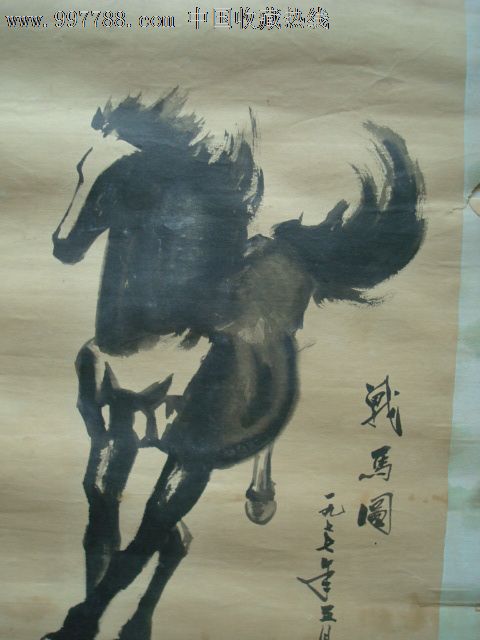
铁衣霜露重，战马岁年深。